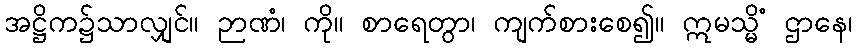
အဋ္ဌိက၌သာလျှင်။ ဉာဏံ၊ ကို။ စာရေတွာ၊ ကျက်စားစေ၍။ ဣမသ္မိံ ဌာနေ၊